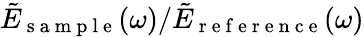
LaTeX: \tilde{E}_{\mathrm{~s~a~m~p~l~e~}}(\omega)/\tilde{E}_{\mathrm{~r~e~f~e~r~e~n~c~e~}}(\omega)